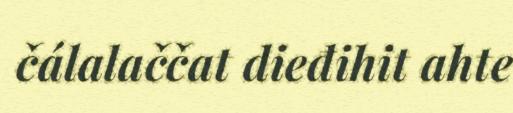
čálalaččat dieđihit ahte